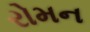
રોમન